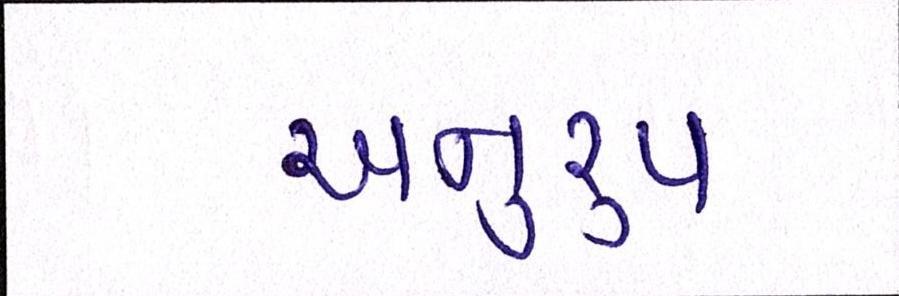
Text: અનુરૃપ